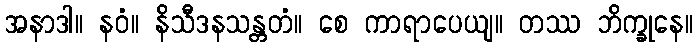
အနာဒါ။ နဝံ။ နိသီဒနသန္တတံ။ စေ ကာရာပေယျ။ တဿ ဘိက္ခုနေ။